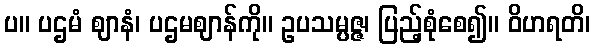
ပ။ ပဌမံ ဈာနံ၊ ပဌမဈာန်ကို။ ဥပသမ္ပဇ္ဇ၊ ပြည့်စုံစေ၍။ ဝိဟရတိ၊